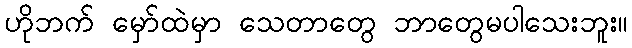
ဟိုဘက် မှော်ထဲမှာ သေတာတွေ ဘာတွေမပါသေးဘူး။